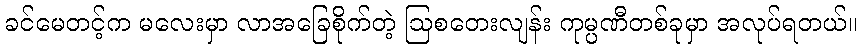
ခင်မေတင့်က မလေးမှာ လာအခြေစိုက်တဲ့ ဩစတေးလျန်း ကုမ္ပဏီတစ်ခုမှာ အလုပ်ရတယ်။